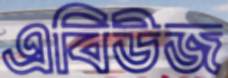
এবিউজ